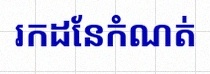
រកដែនកំណត់